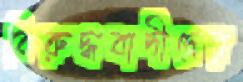
বিরুদ্ধবাদীদের